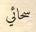
سحائي